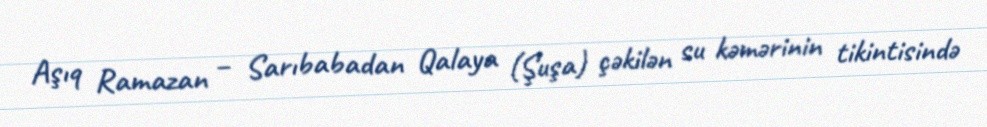
Aşıq Ramazan – Sarıbabadan Qalaya (Şuşa) çəkilən su kəmərinin tikintisində